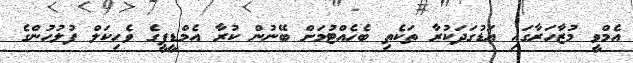
އެމްވީ މުޒާހަރާގައި އަޑުގަދަކުރާ ތަކެތި ބެހެއްޓުމަށް ބޭނުން ކުރާ އެމްޑީޕީގެ ވެހިކަލް ފުލުހުންގެ